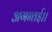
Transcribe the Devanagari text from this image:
अगन्‍तई।।